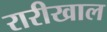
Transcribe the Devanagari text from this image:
रारीखाल